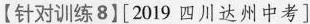
【针对训练8】[2019四川达州中考]